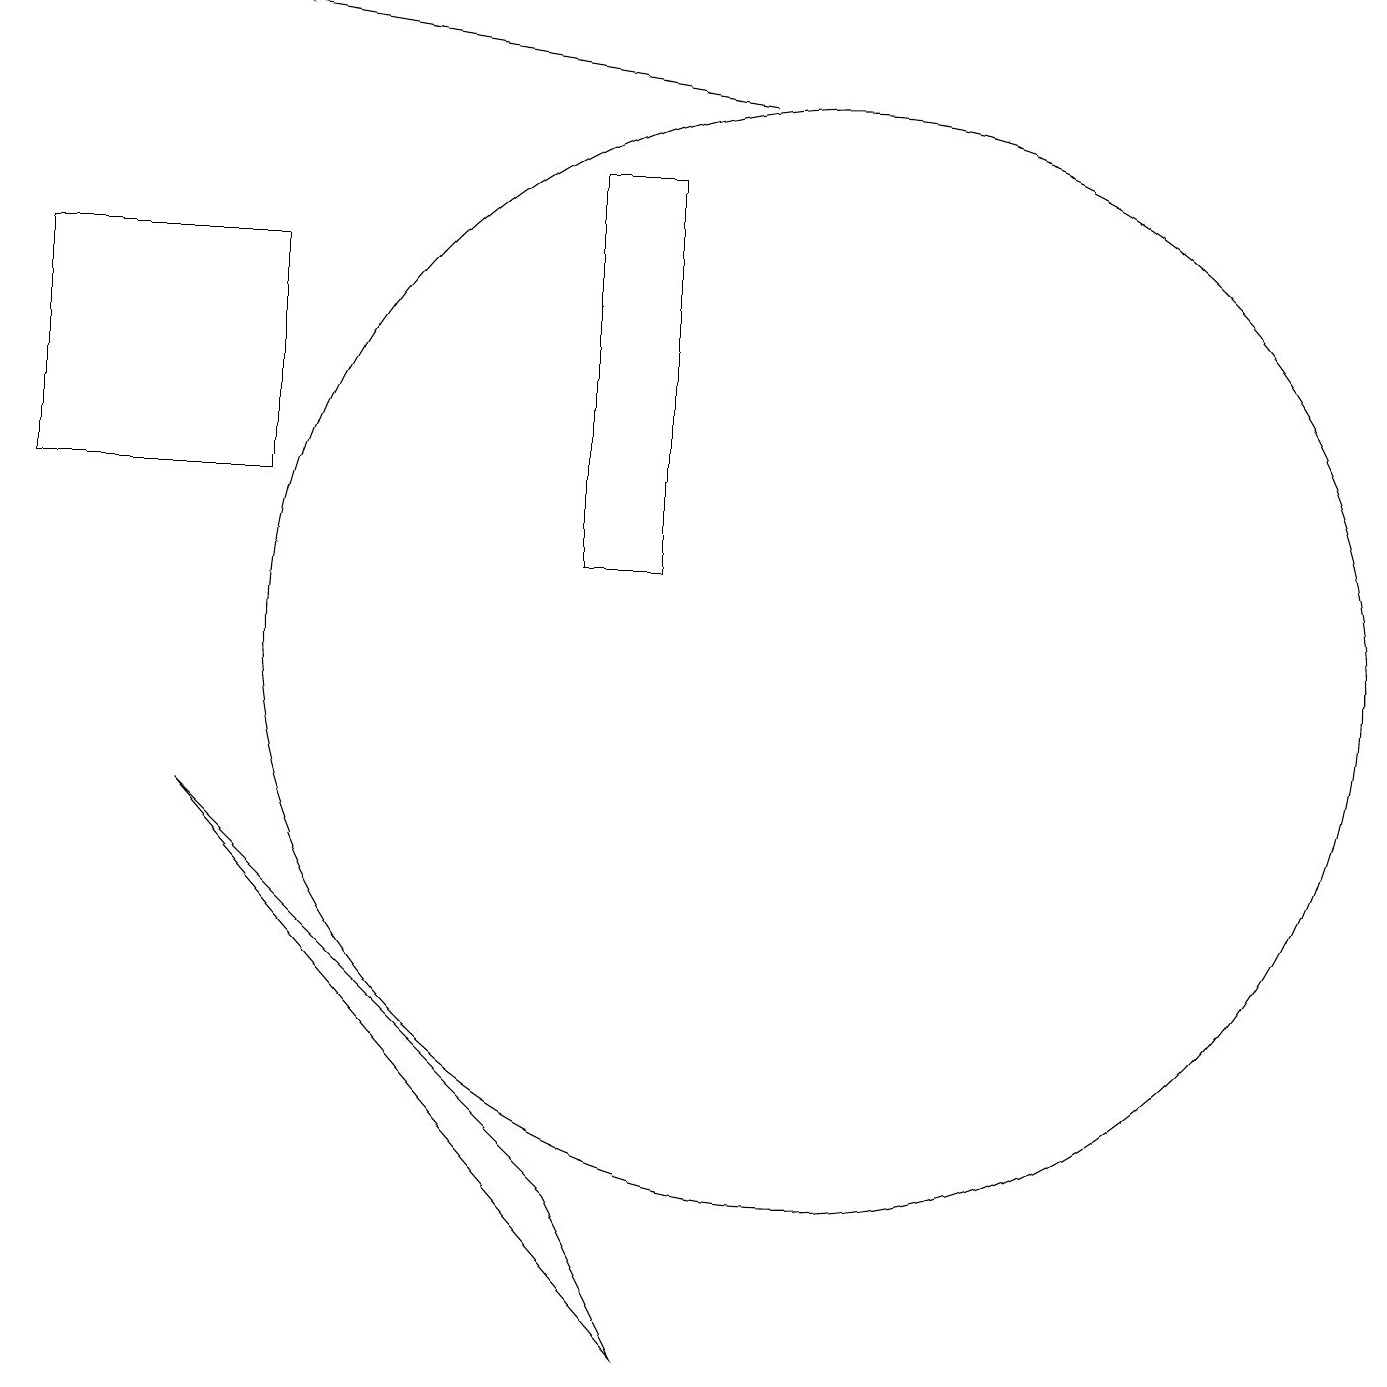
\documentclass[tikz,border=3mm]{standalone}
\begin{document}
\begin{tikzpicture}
\draw (3,12) rectangle (0,15);
\draw (7,3) -- (8,1) -- (2,8) -- cycle;
\draw[->] (9,17) -- (3,18);
\draw (7,11) rectangle (8,16);
\draw (10,10) circle (7);
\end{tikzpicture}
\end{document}